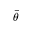
\bar { \theta }